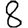
Digit: 8